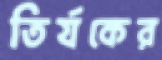
তির্যকের